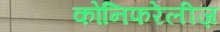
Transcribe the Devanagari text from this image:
कोनिफरेलीज़